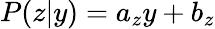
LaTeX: P(z|y)=a_{z}y+b_{z}